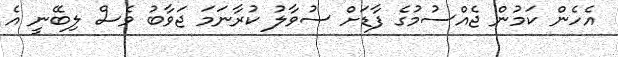
އެހެން ކަމުން ޖެއްސުމުގެ ފާޑަށް ސުވާލު ކުރާނަމަ ޖަވާބު ވެސް ލިބޭނީ އެ